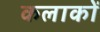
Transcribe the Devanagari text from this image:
कलाकों